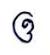
ឲ